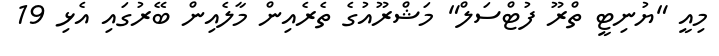
މިއީ "ޔުނިޓީ ތްރޫ ފުޓްސަލް" މަޝްރޫއުގެ ތެރެއިން މާލެއިން ބޭރުގައި އެޅި 19